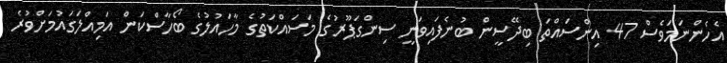
އެހެންނަމަވެސް 47 އިންސައްތަ ބިދޭސީން ބުނެފައިވަނީ ސިންގަޕޫރުގެ މަސައްކަތުގެ މާހައުލުގެ ބޯހާސްކަން އަމިއްލަގައުމަށްވުރެ